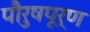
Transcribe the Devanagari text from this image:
पौरुषपूर्ण